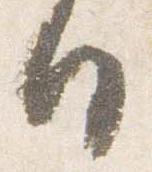
日